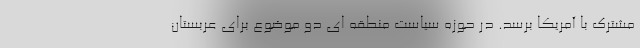
مشترک با آمریکا برسد. در حوزه سیاست منطقه ای دو موضوع برای عربستان